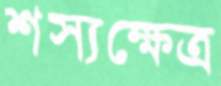
শস্যক্ষেত্র